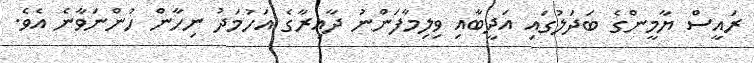
ރައީސް ޔާމީންގެ ބަދަލުގައި އަދީބާއި ވިލިމާފަންނު ދާއިރާގެ އަހުމަދު ނިހާން ހުންނަވާނެ އެވެ.